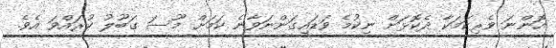
އޮންނަ ވެރިކަމަކާ ދެކޮޅަށް ނިކުމެ ވަޑައިގަންނަވާނެ ކަމަށް މޫސަ ގަބޫލު ކުރައްވަ އެވެ.